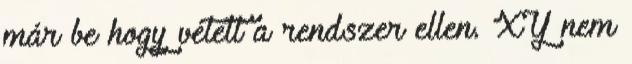
már be hogy vétett a rendszer ellen. XY nem